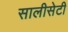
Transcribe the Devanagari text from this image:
सालीसेटी